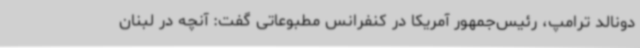
دونالد ترامپ، رئیس‌جمهور آمریکا در کنفرانس مطبوعاتی گفت: آنچه در لبنان